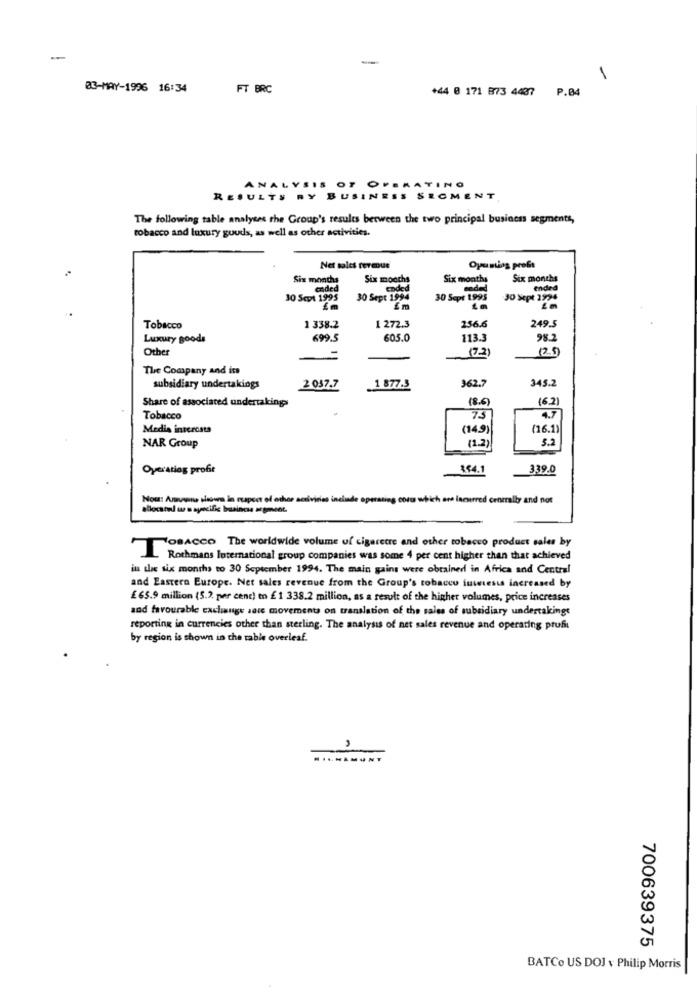
-
1
03-MAY-1996 16:34
FT BRC
+44 0 171 873 4437 P.04
ANALY
IS OF OFERATINO
RESULTS RY BUSINESS SEGMENT
The following table analyses the Group's results between the two principal business segments,
tobacco and luxury gouds, as well as other activities.
Net sales tereur
Opening profit
Six months
Six months
Six months
Six months
ended
coded
ended
30 Sept 1995
30 Sept 1994
30 Sept 1995
30 Sept 2994
Em
249.5
Tobacco
1 338.2
1 272.3
256.6
Luxury goods
699.5
605.0
113.3
98.2
Other
(25)
=
(7-2)
The Company and its
362.7
345.2
subsidiary undertakings
2 057.7
1 877.3
Share of associated undertaking
8.6)
(6.2)
Tobacco
7.5
4.7
Media intcrosta
(14.9)
(16.1)
(1.2)
5.2
NAR Group
Operating profit
154.1
339.0
Now: Aruwnie shows in respect of other activities include operating coru which are incurred centrally and not
allocated uz a specific business segment.
TOBACCO The worldwide volume of cigarette and other tobacco product sales by
Rothmans International group companies was some 4 per cent higher than that achieved
its the six months to 30 September 1994. The main gains were obtained in Africa and Central
and Eastern Europe. Net sales revenue from the Group's tobacco inwiesis increased by
£65.9 million (5.2 per cent) to £1 338.2 million, as a result of the higher volumes, price increases
and favourable exchange sore movements on translation of the sales of subsidiary undertakinge
reporting in currencies other than sterling. The analysis of net sales revenue and operating profit
by region is shown in the table overleaf.
....
700639375
BATCo US DOJ v Philip Morris